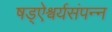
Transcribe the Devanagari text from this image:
षड्ऐश्वर्यसंपन्न